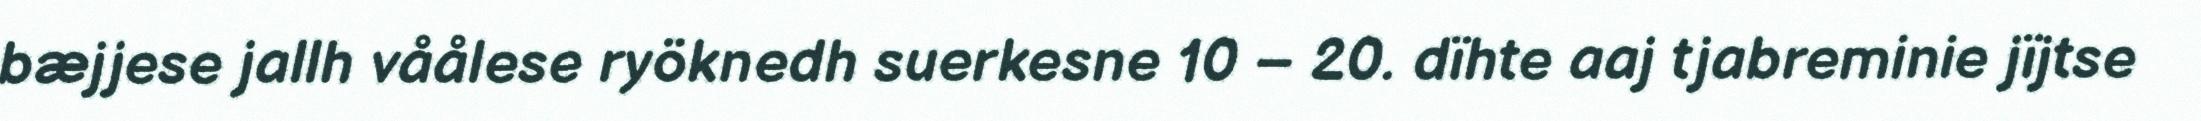
bæjjese jallh våålese ryöknedh suerkesne 10 – 20. dïhte aaj tjabreminie jïjtse